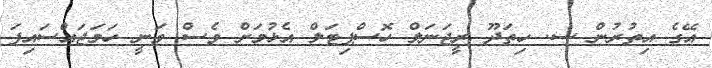
އޭގެ އިތުރުން ސ. ހިތަދޫ ރީޖަނަލް ހޮސްޕިޓަލް އެޅުމަށް ވެސް ވަނީ ހަމަޖައްސައިފަ